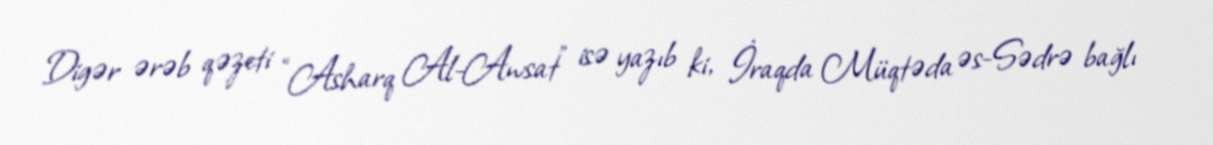
Digər ərəb qəzeti “Asharq Al-Awsat” isə yazıb ki, İraqda Müqtəda əs-Sədrə bağlı